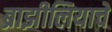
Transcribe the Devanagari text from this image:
ब्राझीलियाचे